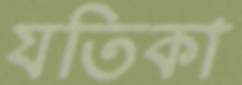
যতিকা